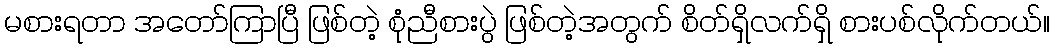
မစားရတာ အတော်ကြာပြီ ဖြစ်တဲ့ စုံညီစားပွဲ ဖြစ်တဲ့အတွက် စိတ်ရှိလက်ရှိ စားပစ်လိုက်တယ်။